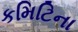
કમિટિના